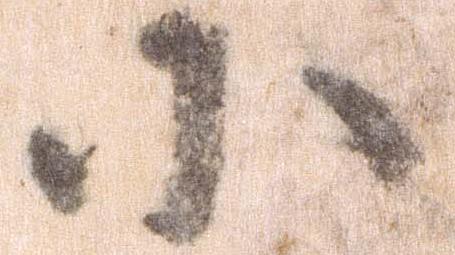
小